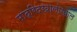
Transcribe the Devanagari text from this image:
माद्रिदखालोखाल